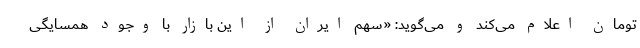
تومان اعلام می‌کند و می‌گوید: «سهم ایران از این بازار با وجود همسایگی